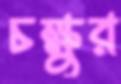
চক্ষুর